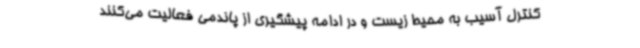
کنترل آسیب به محیط زیست و در ادامه پیشگیری از پاندمی فعالیت می‌کنند